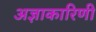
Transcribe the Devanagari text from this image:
अज्ञाकारिणी